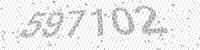
Solution: 597102